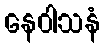
နေဝါသနံ